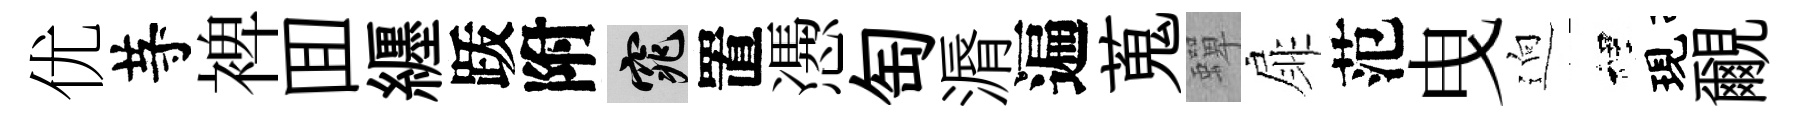
优䒭裨囬纒䟦附窕置慿匋漘遍蒐蟬扉范曳逈裡現覼